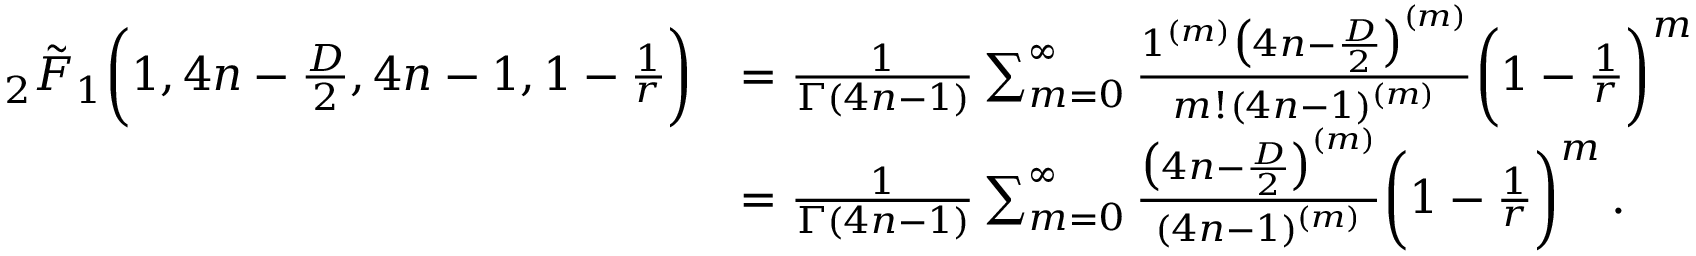
\begin{array} { r l } { \, _ { 2 } \tilde { F } _ { 1 } \bigg ( 1 , 4 n - \frac { D } { 2 } , 4 n - 1 , 1 - \frac { 1 } { r } \bigg ) } & { = \frac { 1 } { \Gamma ( 4 n - 1 ) } \sum _ { m = 0 } ^ { \infty } \frac { 1 ^ { ( m ) } \big ( 4 n - \frac { D } { 2 } \big ) ^ { ( m ) } } { m ! ( 4 n - 1 ) ^ { ( m ) } } \bigg ( 1 - \frac { 1 } { r } \bigg ) ^ { m } } \\ & { = \frac { 1 } { \Gamma ( 4 n - 1 ) } \sum _ { m = 0 } ^ { \infty } \frac { \big ( 4 n - \frac { D } { 2 } \big ) ^ { ( m ) } } { ( 4 n - 1 ) ^ { ( m ) } } \bigg ( 1 - \frac { 1 } { r } \bigg ) ^ { m } \, . } \end{array}